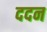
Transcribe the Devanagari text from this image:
ददन